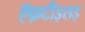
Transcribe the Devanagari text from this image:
ऍफ़टीइसइ